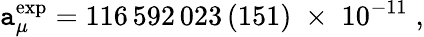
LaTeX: \mathtt{a}_{\mu}^{\mathrm{{exp}}}=116\, 592\, 023\, (151)\; \times\; 10^{-11}\; ,